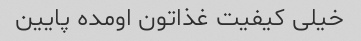
خیلی کیفیت غذاتون اومده پایین